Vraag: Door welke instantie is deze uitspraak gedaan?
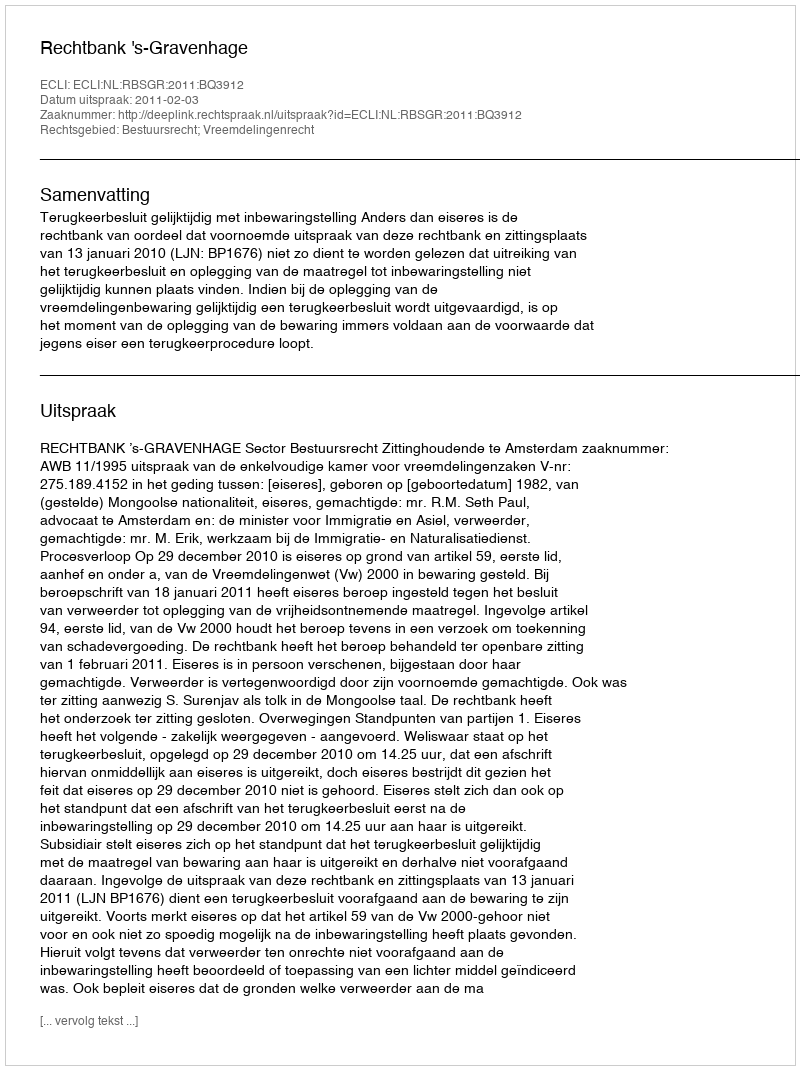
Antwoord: Rechtbank 's-Gravenhage